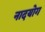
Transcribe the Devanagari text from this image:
नादयोग